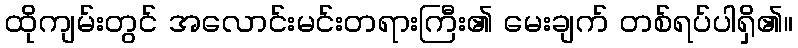
ထိုကျမ်းတွင် အလောင်းမင်းတရားကြီး၏ မေးချက် တစ်ရပ်ပါရှိ၏။